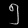
Digit: ၅